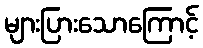
များပြားသောကြောင့်